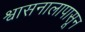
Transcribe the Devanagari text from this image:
श्वासनालापासून